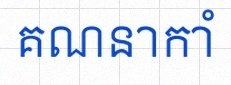
គណនាកាំ